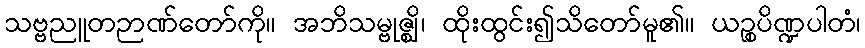
သဗ္ဗညူတဉာဏ်တော်ကို။ အဘိသမ္ဗုဇ္ဈိ၊ ထိုးထွင်း၍သိတော်မူ၏။ ယဉ္စပိဏ္ဍပါတံ၊